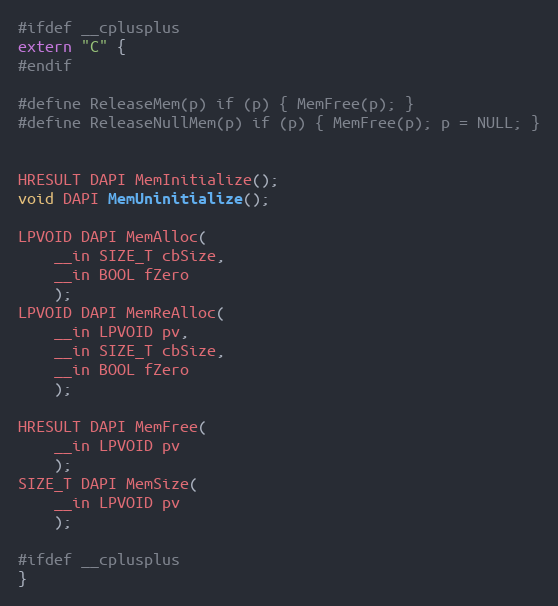
Language: C
#ifdef __cplusplus
extern "C" {
#endif

#define ReleaseMem(p) if (p) { MemFree(p); }
#define ReleaseNullMem(p) if (p) { MemFree(p); p = NULL; }

HRESULT DAPI MemInitialize();
void DAPI MemUninitialize();

LPVOID DAPI MemAlloc(
    __in SIZE_T cbSize,
    __in BOOL fZero
    );
LPVOID DAPI MemReAlloc(
    __in LPVOID pv,
    __in SIZE_T cbSize,
    __in BOOL fZero
    );

HRESULT DAPI MemFree(
    __in LPVOID pv
    );
SIZE_T DAPI MemSize(
    __in LPVOID pv
    );

#ifdef __cplusplus
}